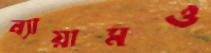
ব্যায়ামও